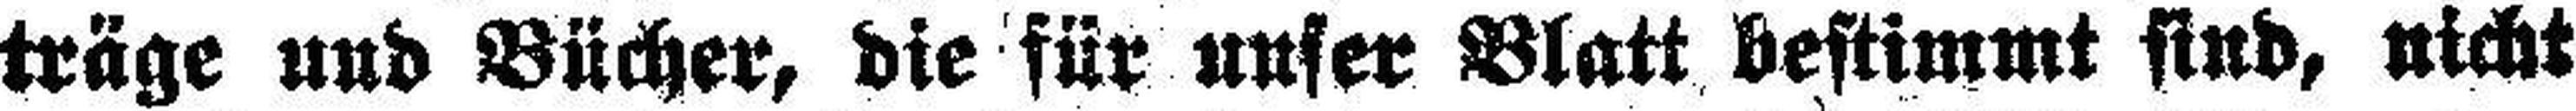
träge und Bücher, die für unser Blatt bestimmt sind, nicht